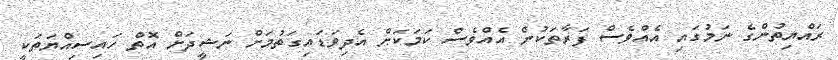
ރައްޔިތުންގެ ނަމުގައި އެއްވެސް ފަރާތަކުން އެއްވެސް ކަމަކަށް އެދިވަޑައިގަތުމަށް ނަޝީދަށް އޮތް ހައިސިއްޔަތަކީ